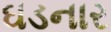
ઘડનાર